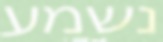
נשמע